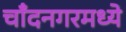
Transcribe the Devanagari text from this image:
चाँदनगरमध्ये